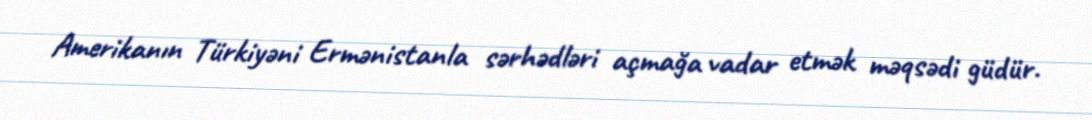
Amerikanın Türkiyəni Ermənistanla sərhədləri açmağa vadar etmək məqsədi güdür.